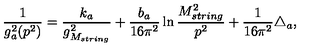
\frac { 1 } { g _ { a } ^ { 2 } ( p ^ { 2 } ) } = \frac { k _ { a } } { g _ { M _ { s t r i n g } } ^ { 2 } } + \frac { b _ { a } } { 1 6 \pi ^ { 2 } } \ln \frac { M _ { s t r i n g } ^ { 2 } } { p ^ { 2 } } + \frac { 1 } { 1 6 \pi ^ { 2 } } \triangle _ { a } ,